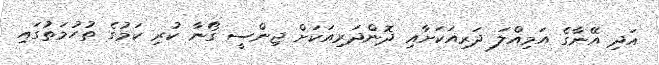
އަދި އޭނާގެ އަމިއްލަ ދަރިއަކަށާއި ދޮންދަރިއަކަށް ޖިންސީ ގޯނާ ކުރި ކަމުގެ ތުހުމަތުގައި